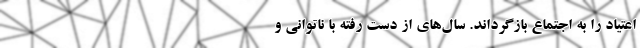
اعتیاد را به اجتماع بازگرداند. سال‌‌های از دست رفته با ناتوانی و